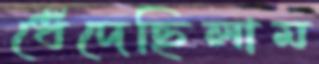
ধেঁদেছিলাম